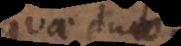
quae duo